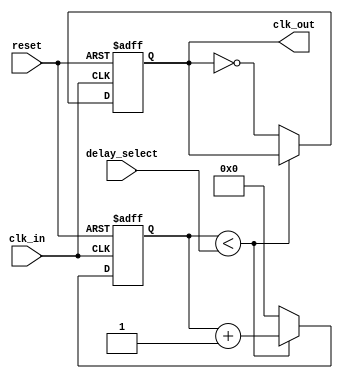
module delay_clock_buffer (
    input wire clk_in,               // Input clock signal
    input wire [3:0] delay_select,   // Delay control signal (4-bit for 16 delay settings)
    input wire reset,                // Reset signal
    output reg clk_out               // Output delayed clock signal
);

    // Parameter definitions for delay settings
    parameter MAX_DELAY = 15; // Maximum delay setting
    parameter MIN_DELAY = 0;   // Minimum delay setting

    // Internal signal for the delayed clock
    reg [3:0] counter; // Counter for delay implementation

    // Clock generation block
    always @(posedge clk_in or posedge reset) begin
        if (reset) begin
            clk_out <= 1'b0; // Reset output clock
            counter <= 4'b0;  // Reset counter
        end else begin
            // Increment counter based on delay select
            if (counter < delay_select) begin
                counter <= counter + 1;
            end else begin
                clk_out <= ~clk_out; // Toggle output clock after delay
                counter <= 4'b0;      // Reset counter
            end
        end
    end

endmodule